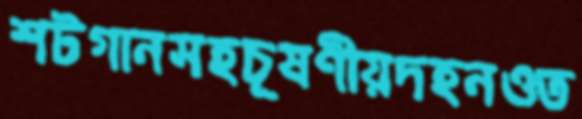
শটগানসহচূষণীয়দহনওত